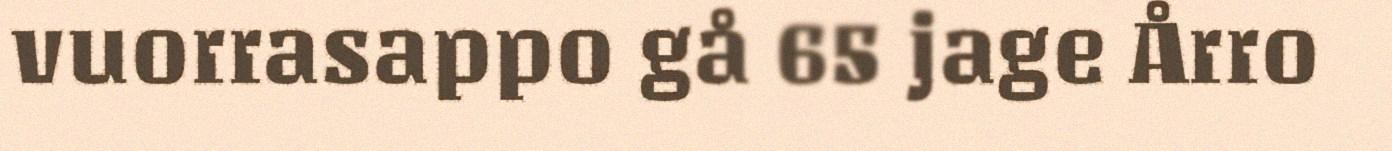
vuorrasappo gå 65 jage Årro